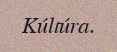
Kúltúra.